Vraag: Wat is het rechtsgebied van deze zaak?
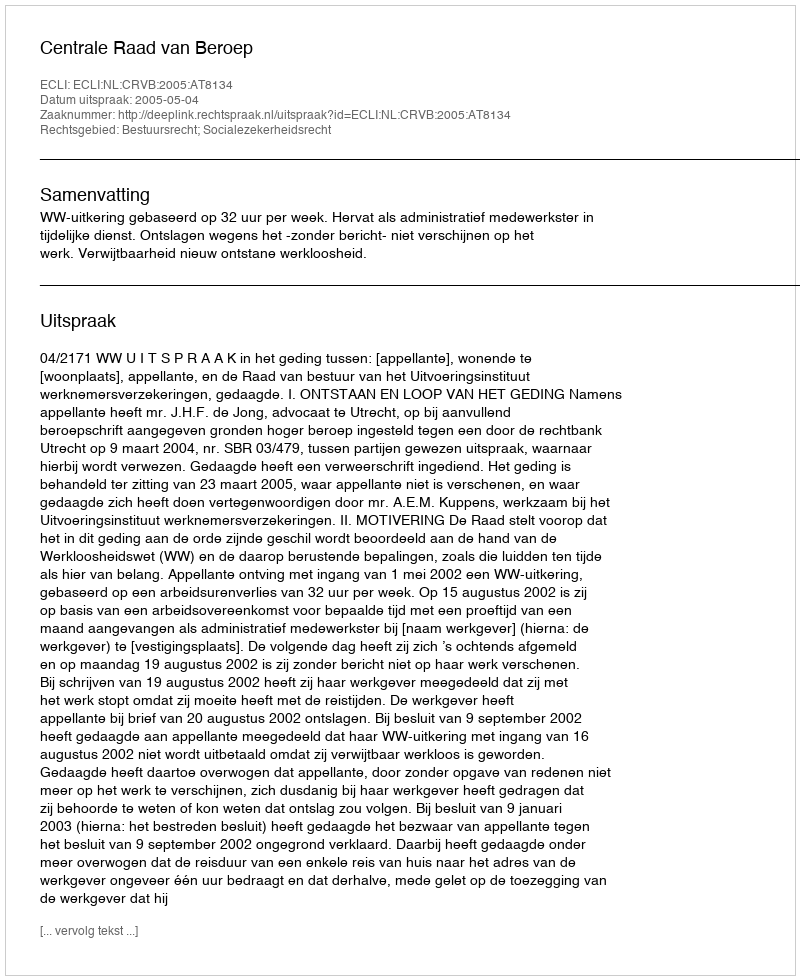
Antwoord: Bestuursrecht; Socialezekerheidsrecht